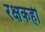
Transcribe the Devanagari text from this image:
रक्षकही